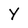
Character: Y